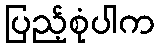
ပြည့်စုံပါက